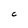
Character: C